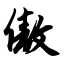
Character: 傲